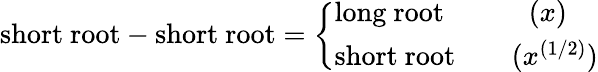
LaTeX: \mathrm{short~root}-\mathrm{short~root}=\left\{ \begin{array}{l}{{\mathrm{long~root}\qquad\quad(x)}}\\ {{\mathrm{short~root}\qquad(x^{(1/2)})}}\end{array}\right.